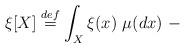
LaTeX: \begin{align*} \xi[X] \stackrel{def}{=} \int_X \xi(x) \ \mu(dx) \ -\end{align*}